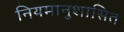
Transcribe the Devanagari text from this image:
नियमानुशासित